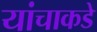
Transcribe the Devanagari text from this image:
यांचाकडे